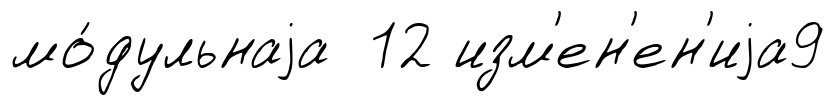
мо́дульнаjа 12 изм'ен'ен'иjа9